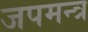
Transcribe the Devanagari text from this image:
जपमन्त्र